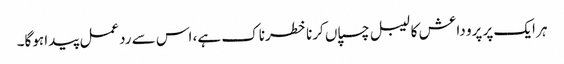
ہر ایک پر پرو داعش کا لیبل چسپاں کرنا خطرناک ہے، اس سے ردعمل پیدا ہوگا۔